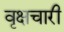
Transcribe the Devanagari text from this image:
वृक्षचारी